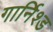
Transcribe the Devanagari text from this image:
गार्निश्ड